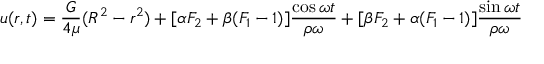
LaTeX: u ( r , t ) = { \frac { G } { 4 \mu } } ( R ^ { 2 } - r ^ { 2 } ) + [ \alpha F _ { 2 } + \beta ( F _ { 1 } - 1 ) ] { \frac { \cos \omega t } { \rho \omega } } + [ \beta F _ { 2 } + \alpha ( F _ { 1 } - 1 ) ] { \frac { \sin \omega t } { \rho \omega } }